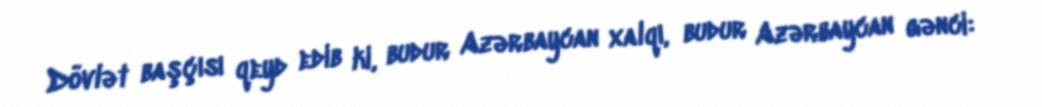
Dövlət başçısı qeyd edib ki, budur Azərbaycan xalqı, budur Azərbaycan gənci: